Bombay plague: being a history of the progress of plague in the Bombay presidency from September 1896 to June 1899
Year: 1896
Disease focus: Plague
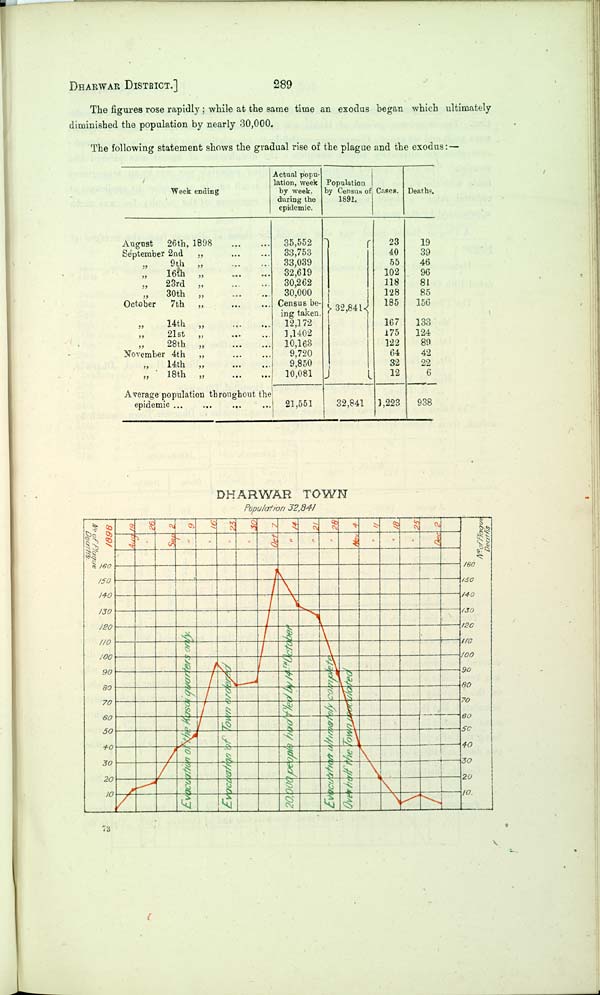
DHARWAR DISTRICT.] 289
The figures rose rapidly; while at the same time an exodus began which ultimately
diminished the population by nearly 30,000.
The following statement shows the gradual rise of the plague and the exodus:—
Week ending
August 26th,
1898
September 2nd
"
"
9th
"
" 16th "
"
23rd "
"
30th "
October 7th "
"
14th
"
" 21st "
" 28th
"
November 4th "
"
14th
"
"
18th
"
Average population throughout the
epidemic
Actual population,
week
by week,
during the
epidemic.
35,552
33,753
33,039
32,619
30,262
30,000
Census
b e i n g
taken.
12,172
1,1402
10,163
9,720
9,850
10,081
21,551
Population
by Census of
1891.
32,841
32,841
Cases.
23
40
55
102
118
128
185
167
75
122
64
32
12
1,223
Deaths.
19
39
46
96
81
85
156
133
124
89
42
22
6
938
DHARWAR TOWN
Population 32,841
73